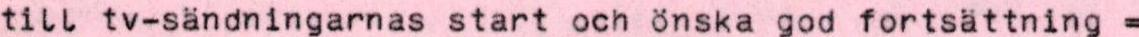
till tv-sändningarnas start och önska god fortsättning =